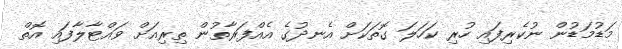
މަޑުމަޑުން ނުކެރިފައި ހުރި ކަހަލަ ގޮތަކަށް އެނދުގެ އެއްފަރާތުން ތިރިއަށް ވައްޓާލާފައި އޮތް